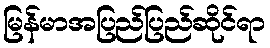
မြန်မာအပြည်ပြည်ဆိုင်ရာ